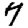
Digit: 7